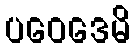
ပဝေဒေမိ